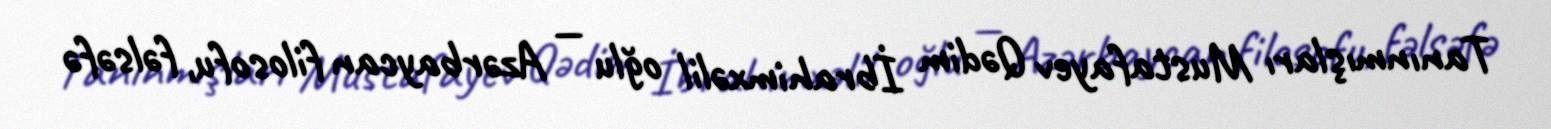
Tanınmışları Mustafayev Qədim İbrahimxəlil oğlu — Azərbaycan filosofu, fəlsəfə